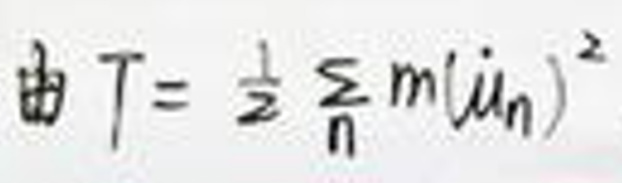
由$ T = \frac{1}{2} \sum_{n} m (\dot{u}_{n})^{2}$